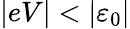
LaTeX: \vert eV\vert<\left\vert\varepsilon_{0}\right\vert